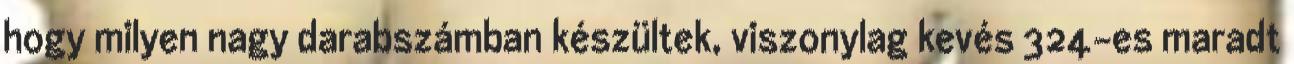
hogy milyen nagy darabszámban készültek, viszonylag kevés 324-es maradt